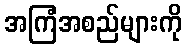
အကြံအစည်များကို